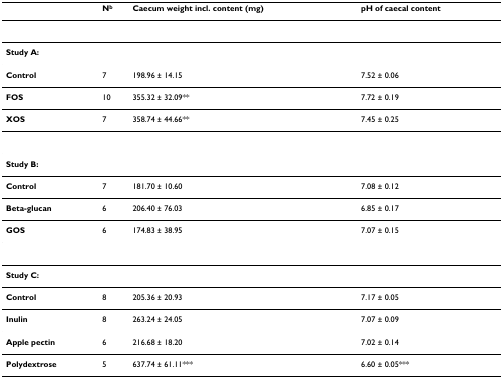
|  | Nb | Caecum weight incl. content (mg) | pH of caecal content |
 | --- | --- | --- | --- |
 | Study A: |  |  |  |
 | Control | 7 | 198.96 ± 14.15 | 7.52 ± 0.06 |
 | FOS | 10 | 355.32 ± 32.09** | 7.72 ± 0.19 |
 | XOS | 7 | 358.74 ± 44.66** | 7.45 ± 0.25 |
 | Study B: |  |  |  |
 | Control | 7 | 181.70 ± 10.60 | 7.08 ± 0.12 |
 | Beta-glucan | 6 | 206.40 ± 76.03 | 6.85 ± 0.17 |
 | GOS | 6 | 174.83 ± 38.95 | 7.07 ± 0.15 |
 | Study C: |  |  |  |
 | Control | 8 | 205.36 ± 20.93 | 7.17 ± 0.05 |
 | Inulin | 8 | 263.24 ± 24.05 | 7.07 ± 0.09 |
 | Apple pectin | 6 | 216.68 ± 18.20 | 7.02 ± 0.14 |
 | Polydextrose | 5 | 637.74 ± 61.11*** | 6.60 ± 0.05*** |